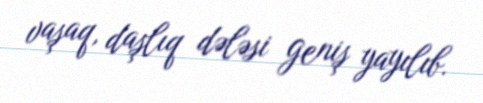
vaşaq, daşlıq dələsi geniş yayılıb.